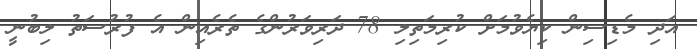
އަދި މެޑިސިން ކިޔެވުމަށް ކުރިމަތިލި 78 ދަރިވަރުންގެ ތެރެއިން އެ ފުރުސަތު ލިބުނީ